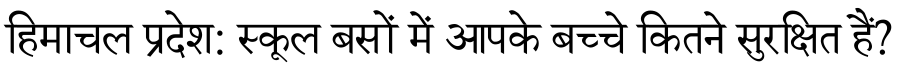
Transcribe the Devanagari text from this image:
हिमाचल प्रदेश: स्कूल बसों में आपके बच्चे कितने सुरक्षित हैं?